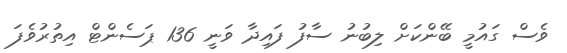
ވެސް ގައުމީ ބޭންކަށް ލިބުނު ސާފު ފައިދާ ވަނީ 136 ޕަސެންޓް އިތުރުވެފަ